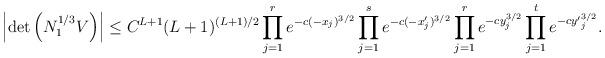
LaTeX: \begin{align*}\left|\det \left(N_1^{1/3}V\right)\right|\le C^{L+1}(L+1)^{(L+1)/2}\prod\limits_{j=1}^re^{-c(-x_j)^{3/2}}\prod\limits_{j=1}^se^{-c(-x'_j)^{3/2}}\prod\limits_{j=1}^re^{-cy_j^{3/2}}\prod\limits_{j=1}^te^{-c{y'}_j^{3/2}}.\end{align*}